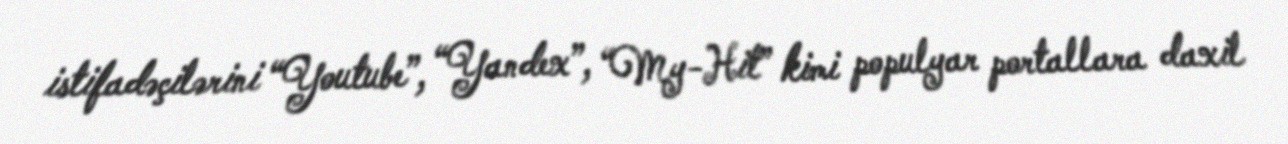
istifadəçilərini “Youtube”, “Yandex”, “My-Hit” kimi populyar portallara daxil